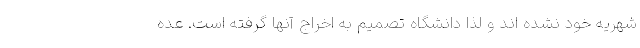
شهریه خود نشده اند و لذا دانشگاه تصمیم به اخراج آنها گرفته است. عده